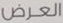
العرض